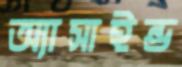
অ্যাসাইন্ড